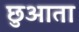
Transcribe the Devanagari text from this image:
छुआता